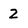
Character: 2